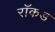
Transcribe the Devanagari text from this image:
रॉकड